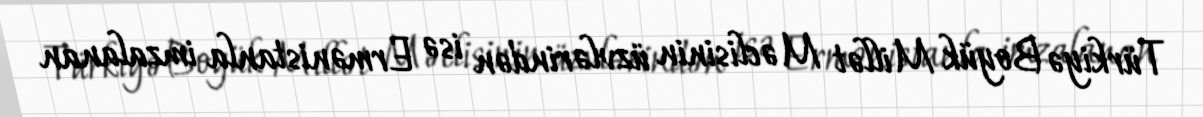
Türkiyə Boyük Millət Məclisinin üzvlərindən isə Ermənistanla imzalanan